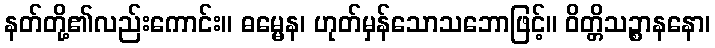
နတ်တို့၏လည်းကောင်း။ ဓမ္မေန၊ ဟုတ်မှန်သောသဘောဖြင့်။ ဝိတ္တိသဉ္စာနနော၊